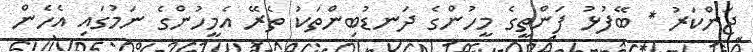
ޖަންކަރު * ބޭފުޅު ފަންތީގެ މީހުންގެ ދަނޑުބިންތަކު ތެރޭ އެމީހުންގެ ނަމުގައި އެހެން